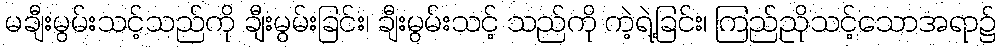
မချီးမွမ်းသင့်သည်ကို ချီးမွမ်းခြင်း၊ ချီးမွမ်းသင့် သည်ကို ကဲ့ရဲ့ခြင်း၊ ကြည်ညိုသင့်သောအရာ၌